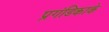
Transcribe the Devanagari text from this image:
प्रगंडिकाके